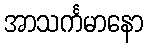
အာသင်္ကမာနော